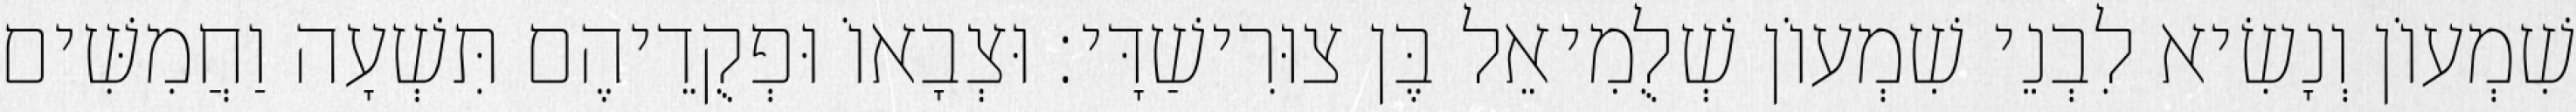
שִׁמְעוֹן וְנָשִׂיא לִבְנֵי שִׁמְעוֹן שְׁלֻמִיאֵל בֶּן צוּרִישַׁדָּי׃ וּצְבָאוֹ וּפְקֻדֵיהֶם תִּשְׁעָה וַחֲמִשִּׁים